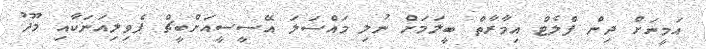
އަމީނަށް ދިން ފްލެޓް އިމާރާތް ބީލަމަށް ނުލި މައްސަލަ އޭސީސީއަށްބީޗް ޕެވިލިއަނަކާއި މޫދު